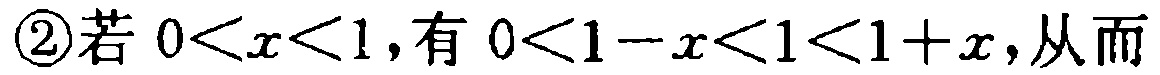
\textcircled{2}若 \(0<x<1\)，有 \(0<1 - x<1<1 + x\)，从而